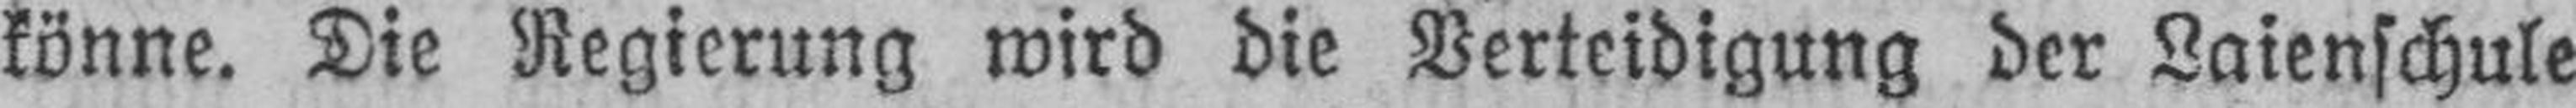
könne. Die Regierung wird die Verteidigung der Laienschule